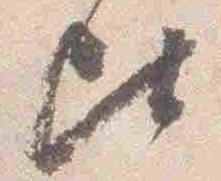
此